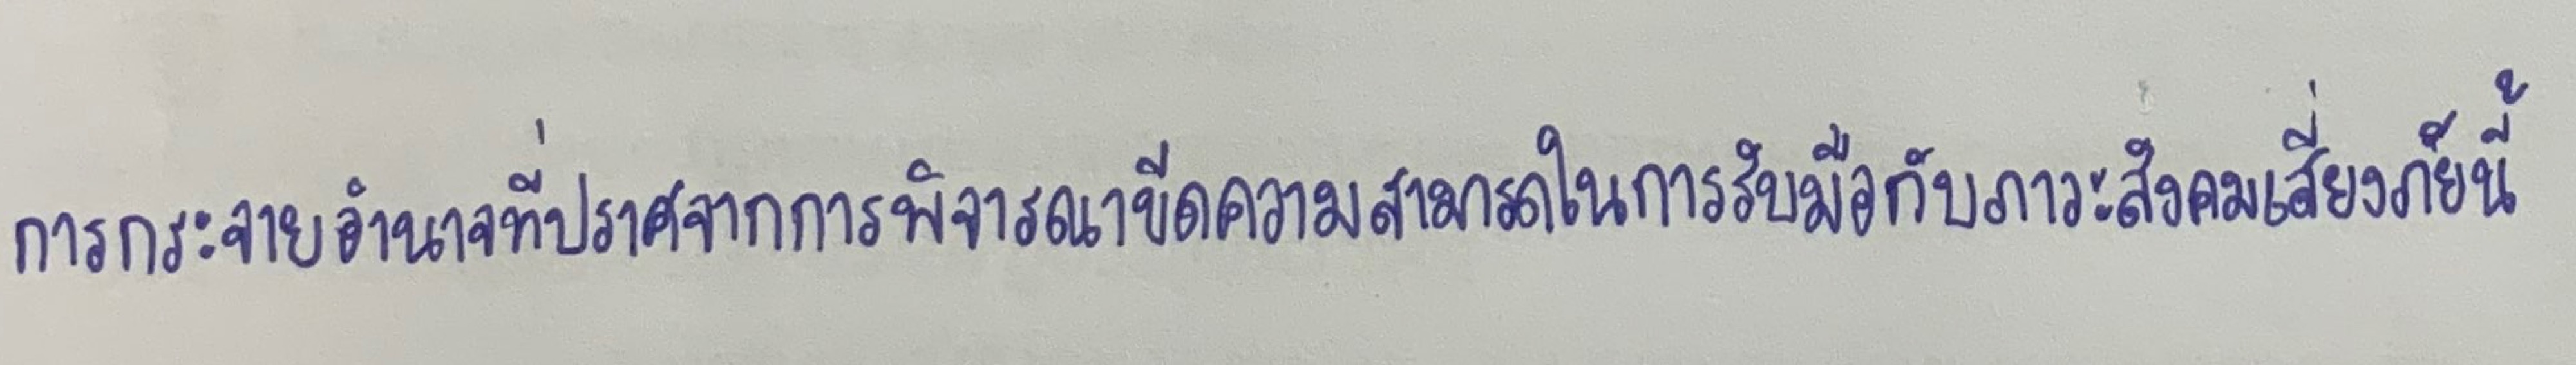
การกระจายอำนาจที่ปราศจากการพิจารณาขีดความสามารถในการรับมือกับภาวะสังคมเสี่ยงภัยนี้